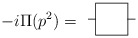
\begin{align*}-i\Pi (p^{2})= \begin{array}{c}\unitlength4mm \begin{picture}(3,2)\put(0,1){\line(1,0){.5}}\put(2.5,1){\line(1,0){.5}}\put(.5,0){\framebox(2,2){}} \end{picture}\end{array}\end{align*}